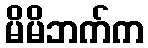
မိမိဘက်က